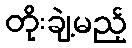
တိုးချဲ့မည့်